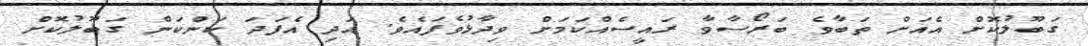
ގަބޫލުކޮށް އެއަށް ތަބާވެ ބަރޯސާވާ ރައީސެއްކަމަށް ވިދާޅުވެފައެވެ. އަދި އެފަދަ ކަންކަން ގަބޫލުކޮށް